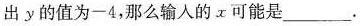
出y的值为-4，那么输入的x可能是______。